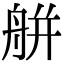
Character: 䑫